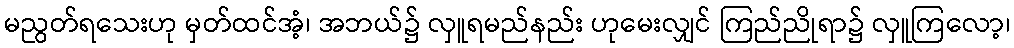
မညွတ်ရသေးဟု မှတ်ထင်အံ့၊ အဘယ်၌ လှူရမည်နည်း ဟုမေးလျှင် ကြည်ညိုရာ၌ လှူကြလော့၊